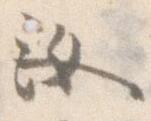
汝